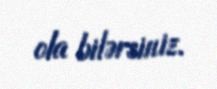
ola bilərsiniz.